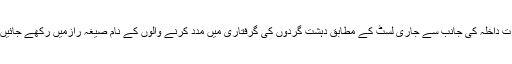
وزارت داخلہ کی جانب سے جاری لسٹ کے مطابق دہشت گردوں کی گرفتاری میں مدد کرنے والوں کے نام صیغہ رازمیں رکھے جائیں گے۔